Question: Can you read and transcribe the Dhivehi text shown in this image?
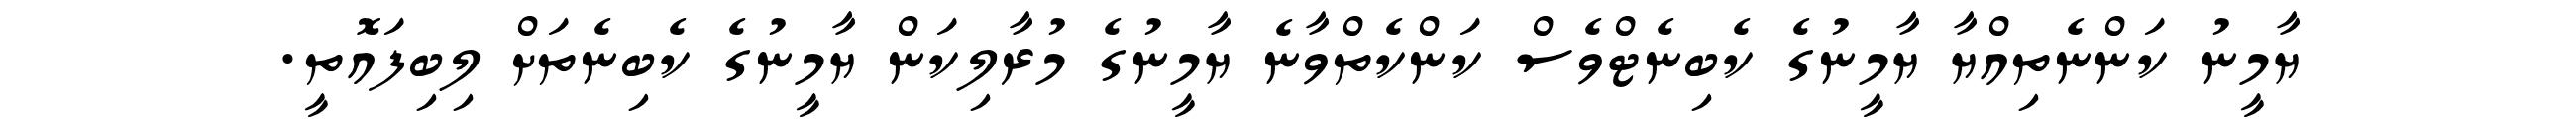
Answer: ޔާމީނު ކަންނެތިއްޔާ ޔާމީނުގެ ކެބިނެޓްވެސް ކަންކެތްވާނެ ޔާމީނުގެ މުރާލިކަން ޔާމީނުގެ ކެބިނެތަށް ލިބިފައޮތީ.